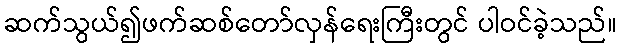
ဆက်သွယ်၍ဖက်ဆစ်တော်လှန်ရေးကြီးတွင် ပါဝင်ခဲ့သည်။